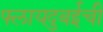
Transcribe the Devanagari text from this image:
फ्लायदुबईची